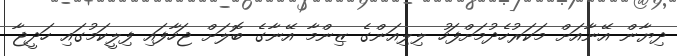
ދިޔާން އޭނާއަށް މަކަރުހެދުމަށްފަހު ލިލިއަންގެ ޒިންމާ އޭނާގެ ބޮލަށް ޖަހާފައި ފިލީކަމުގައި ހަދީޖާ